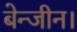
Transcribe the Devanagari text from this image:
बेन्जीन।